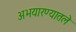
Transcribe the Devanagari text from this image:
अभयारण्यातले